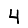
Digit: 4